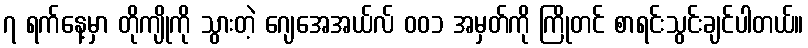
၇ ရက်နေ့မှာ တိုကျိုကို သွားတဲ့ ဂျေအေအယ်လ် ၀၀၁ အမှတ်ကို ကြိုတင် စာရင်းသွင်းချင်ပါတယ်။